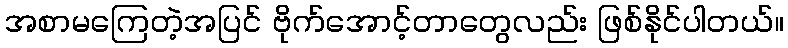
အစာမကြေတဲ့အပြင် ဗိုက်အောင့်တာတွေလည်း ဖြစ်နိုင်ပါတယ်။